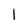
Character: l